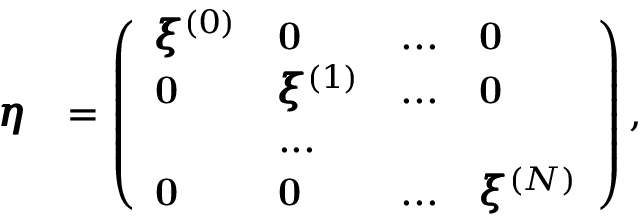
\begin{array} { r l } { \pmb { \eta } } & { = \left( \begin{array} { l l l l } { \pmb { \xi } ^ { ( 0 ) } } & { \mathbf { 0 } } & { . . . } & { \mathbf { 0 } } \\ { \mathbf { 0 } } & { \pmb { \xi } ^ { ( 1 ) } } & { . . . } & { \mathbf { 0 } } \\ & { . . . } \\ { \mathbf { 0 } } & { \mathbf { 0 } } & { . . . } & { \pmb { \xi } ^ { ( N ) } } \end{array} \right) , } \end{array}